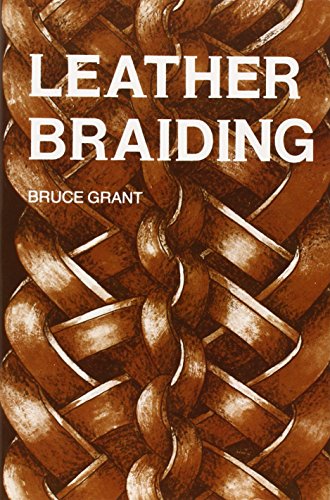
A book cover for Leather Braiding (reprint); Bruce Grant; Crafts, Hobbies & Home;